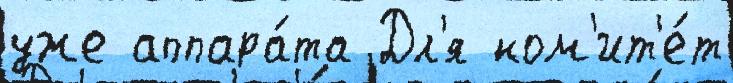
уже аппара́та Дл'я ком'ит'е́т